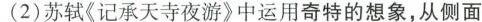
(2)苏轼《记承天寺夜游》中运用奇特的想象，从侧面